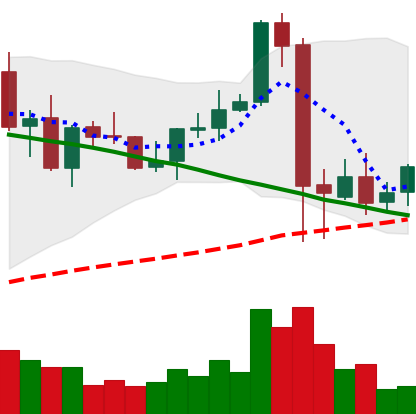
Ticker: NEO-USD
Chart end date: 2021-09-12
Forward return: -5.622%
Label: down_5_7